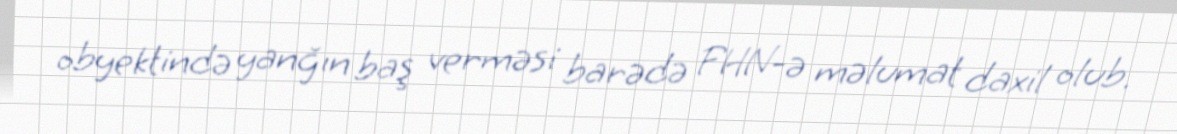
obyektində yanğın baş verməsi barədə FHN-ə məlumat daxil olub.